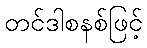
တင်ဒါစနစ်ဖြင့်